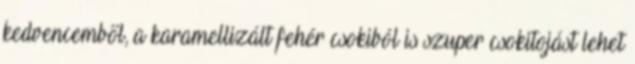
kedvencemből, a karamellizált fehér csokiból is szuper csokitojást lehet